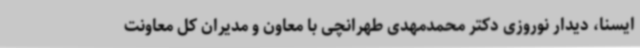
ایسنا، دیدار نوروزی دکتر محمدمهدی طهرانچی با معاون و مدیران کل معاونت